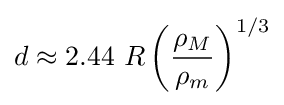
d\approx 2.44\ R\left({\frac {\rho _{M}}{\rho _{m}}}\right)^{1/3}